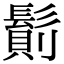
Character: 𩮆